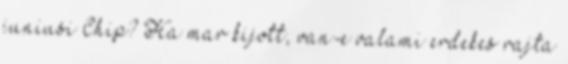
juniusi Chip? Ha mar kijott, van-e valami erdekes rajta